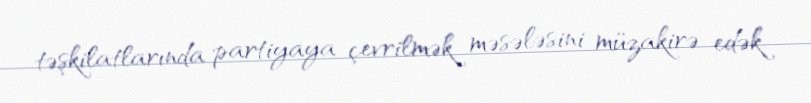
təşkilatlarında partiyaya çevrilmək məsələsini müzakirə edək.